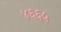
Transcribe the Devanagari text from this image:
४६६५